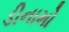
ડીનામો